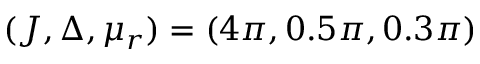
( J , \Delta , \mu _ { r } ) = ( 4 \pi , 0 . 5 \pi , 0 . 3 \pi )